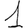
Digit: 1